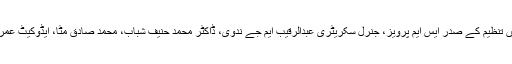
آئی جی پی کی میٹنگ میں تنظیم کے صدر ایس ایم پرویز، جنرل سکریٹری عبدالرقیب ایم جے ندوی، ڈاکٹر محمد حنیف شباب، محمد صادق مٹا، ایڈوکیٹ عمران لنکا بھی موجود تھے۔